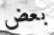
بعض